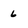
Character: 6